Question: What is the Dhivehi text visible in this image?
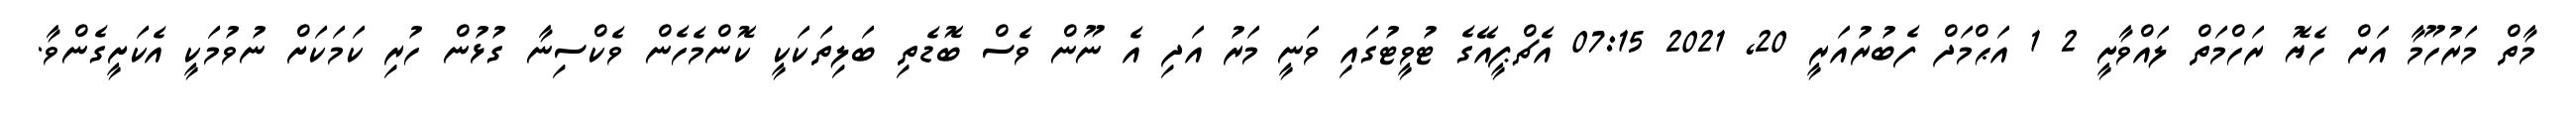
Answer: މާތް މަރުހޫމާ އަށް ހެޔޮ ރަހްމަތް ލައްވާށީ 2 1 އަޙްމަދް ފެބުރުއަރީ 20, 2021 07:15 އެޗްޕީއޭގެ ޓުވީޓުގައި ވަނީ މަރު އަދި އެ ނޫން ވެސް ބޮޑެތި ބަލިތަކަކީ ކޮންމެހެން ވެކްސިނާ ގުޅުން ހުރި ކަމަކަށް ނުވުމަކީ އެކަށީގެންވާ.